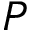
P